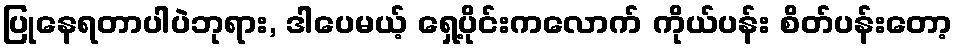
ပြုနေရတာပါပဲဘုရား, ဒါပေမယ့် ရှေ့ပိုင်းကလောက် ကိုယ်ပန်း စိတ်ပန်းတော့